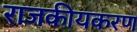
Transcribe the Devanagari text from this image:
राजकीयकरण